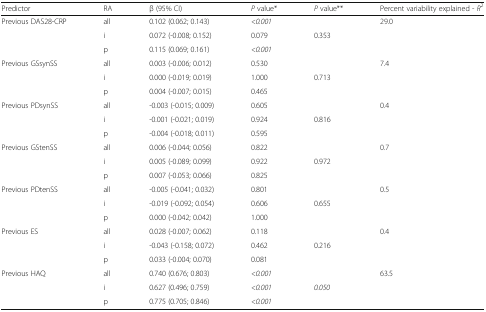
<table><thead><tr><td><b>Predictor</b></td><td><b>RA</b></td><td><b>β (95% CI)</b></td><td><b><i>P</i> value*</b></td><td><b><i>P</i> value**</b></td><td><b>Percent variability explained - <i>R</i><sup>2</sup></b></td></tr></thead><tbody><tr><td rowspan="3">Previous DAS28-CRP</td><td>all</td><td>0.102 (0.062; 0.143)</td><td><i>&lt;0.001</i></td><td></td><td>29.0</td></tr><tr><td>i</td><td>0.072 (-0.008; 0.152)</td><td>0.079</td><td>0.353</td><td></td></tr><tr><td>p</td><td>0.115 (0.069; 0.161)</td><td><i>&lt;0.001</i></td><td></td><td></td></tr><tr><td rowspan="3">Previous GSsynSS</td><td>all</td><td>0.003 (-0.006; 0.012)</td><td>0.530</td><td></td><td>7.4</td></tr><tr><td>i</td><td>0.000 (-0.019; 0.019)</td><td>1.000</td><td>0.713</td><td></td></tr><tr><td>p</td><td>0.004 (-0.007; 0.015)</td><td>0.465</td><td></td><td></td></tr><tr><td rowspan="3">Previous PDsynSS</td><td>all</td><td>-0.003 (-0.015; 0.009)</td><td>0.605</td><td></td><td>0.4</td></tr><tr><td>i</td><td>-0.001 (-0.021; 0.019)</td><td>0.924</td><td>0.816</td><td></td></tr><tr><td>p</td><td>-0.004 (-0.018; 0.011)</td><td>0.595</td><td></td><td></td></tr><tr><td rowspan="3">Previous GStenSS</td><td>all</td><td>0.006 (-0.044; 0.056)</td><td>0.822</td><td></td><td>0.7</td></tr><tr><td>i</td><td>0.005 (-0.089; 0.099)</td><td>0.922</td><td>0.972</td><td></td></tr><tr><td>p</td><td>0.007 (-0.053; 0.066)</td><td>0.825</td><td></td><td></td></tr><tr><td rowspan="3">Previous PDtenSS</td><td>all</td><td>-0.005 (-0.041; 0.032)</td><td>0.801</td><td></td><td>0.5</td></tr><tr><td>i</td><td>-0.019 (-0.092; 0.054)</td><td>0.606</td><td>0.655</td><td></td></tr><tr><td>p</td><td>0.000 (-0.042; 0.042)</td><td>1.000</td><td></td><td></td></tr><tr><td rowspan="3">Previous ES</td><td>all</td><td>0.028 (-0.007; 0.062)</td><td>0.118</td><td></td><td>0.4</td></tr><tr><td>i</td><td>-0.043 (-0.158; 0.072)</td><td>0.462</td><td>0.216</td><td></td></tr><tr><td>p</td><td>0.033 (-0.004; 0.070)</td><td>0.081</td><td></td><td></td></tr><tr><td rowspan="3">Previous HAQ</td><td>all</td><td>0.740 (0.676; 0.803)</td><td><i>&lt;0.001</i></td><td></td><td>63.5</td></tr><tr><td>i</td><td>0.627 (0.496; 0.759)</td><td><i>&lt;0.001</i></td><td><i>0.050</i></td><td></td></tr><tr><td>p</td><td>0.775 (0.705; 0.846)</td><td><i>&lt;0.001</i></td><td></td><td></td></tr></tbody></table>